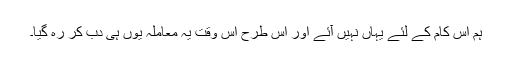
ہم اس کام کے لئے یہاں نہیں آئے اور اس طرح اس وقت یہ معاملہ یوں ہی دب کر رہ گیا۔